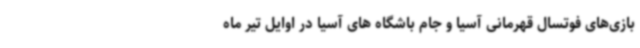
بازی‌های فوتسال قهرمانی آسیا و جام باشگاه های آسیا در اوایل تیر ماه